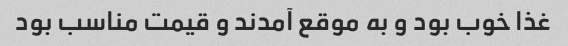
غذا خوب بود و به موقع آمدند و قیمت مناسب بود